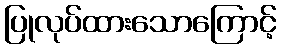
ပြုလုပ်ထားသောကြောင့်